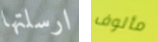
ارسلتها مألوف